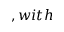
, w i t h